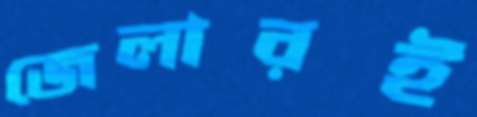
জেলারই